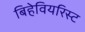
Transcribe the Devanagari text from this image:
बिहेवियरिस्ट